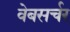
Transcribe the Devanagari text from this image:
वेबसर्चर